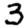
Digit: 3